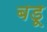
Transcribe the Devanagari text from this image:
बडू